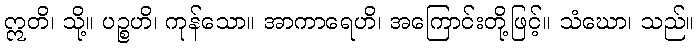
ဣတိ၊ သို့။ ပဉ္စဟိ၊ ကုန်သော။ အာကာရေဟိ၊ အကြောင်းတို့ဖြင့်။ သံဃော၊ သည်။